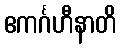
ဧကင်္ဂဟီနာတိ